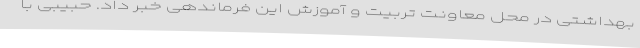
بهداشتی در محل معاونت تربیت و آموزش این فرماندهی خبر داد. حبیبی با